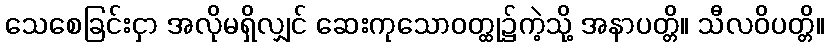
သေစေခြင်းငှာ အလိုမရှိလျှင် ဆေးကုသောဝတ္ထု၌ကဲ့သို့ အနာပတ္တိ။ သီလဝိပတ္တိ။